Investigations into the jail dietaries of the United Provinces with some observations on the influence of dietary on the physical development and well-being of the people of the United Provinces - Number 48
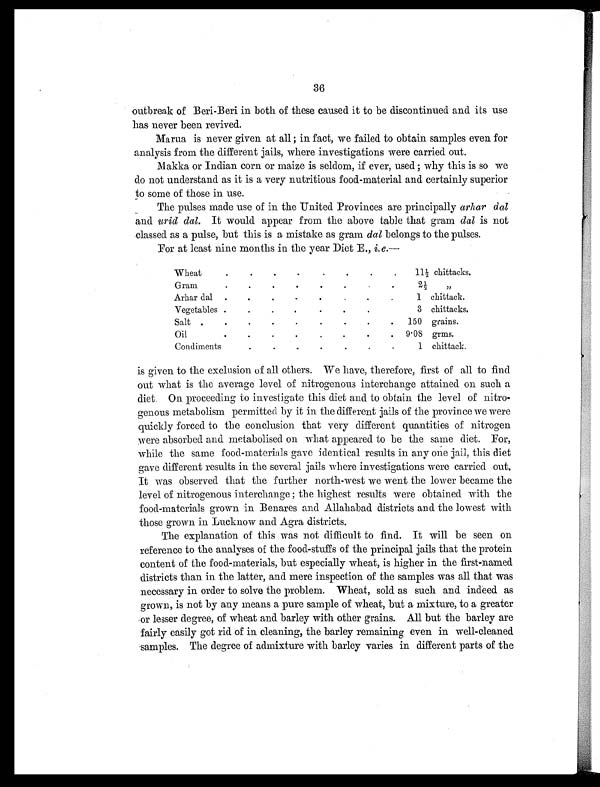
36
outbreak of Beri-Beri in both of these caused it to be discontinued and its use
has never been revived.
Marua is never given at all; in fact, we failed to obtain samples even for
analysis from the different jails, where investigations were carried out.
Makka or Indian corn or maize is seldom, if ever, used; why this is so we
do not understand as it is a very nutritious food-material and certainly superior
to some of those in use.
The pulses made use of in the United Provinces are principally arhar dal
and urid dal. It would appear from the above table that gram dal is not
classed as a pulse, but this is a mistake as gram dal belongs to the pulses.
For at least nine months in the year Diet E., i . e . —
Wheat
.
.
.
.
.
.
.
.
11½ chittacks.
Gram
.
.
.
.
.
.
. .
2 ½
„
Arhar dal .
.
.
.
.
.
.
1 chittack.
Vegetables . .
.
.
.
.
.
3 chittacks.
Salt .
. .
. .
.
.
. . 150 grains.
Oil
. .
. .
. .
.
. 9.08 grms.
Condiments
.
. .
.
.
.
.
1 chittack.
is given to the exclusion of all others. We have, therefore, first of all to find
out what is the average level of nitrogenous interchange attained on such a
diet. On proceeding to investigate this diet and to obtain the level of nitro-
genous metabolism permitted by it in the different jails of the province we were
quickly forced to the conclusion that very different quantities of nitrogen
were absorbed and metabolised on what appeared to be the same diet. For,
while the same food-materials gave identical results in any one jail, this diet
gave different results in the several jails where investigations were carried out.
It was observed that the further north-west we went the lower became the
level of nitrogenous interchange; the highest results were obtained with the
food-materials grown in Benares and Allahabad districts and the lowest with
those grown in Lucknow and Agra districts.
The explanation of this was not difficult to find. It will be seen on
reference to the analyses of the food-stuffs of the principal jails that the protein
content of the food-materials, but especially wheat, is higher in the first-named
districts than in the latter, and mere inspection of the samples was all that was
necessary in order to solve the problem. Wheat, sold as such and indeed as
grown, is not by any means a pure sample of wheat, but a mixture, to a greater
or lesser degree, of wheat and barley with other grains. All but the barley are
fairly easily got rid of in cleaning, the barley remaining even in well-cleaned
samples. The degree of admixture with barley varies in different parts of the